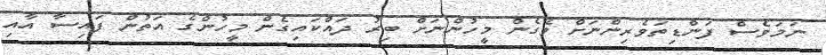
ނަމަވެސް ފަންޑިތަވެރިންނަށް ވެގެން މީހުންނަށް ބިރު ދައްކައިގެން މީހުންގެ އަތުން ފައިސާ އާއި